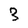
Character: 3